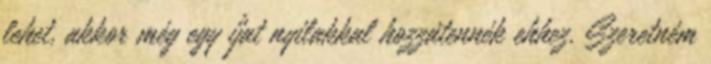
lehet, akkor még egy íjat nyilakkal hozzátennék ehhez. Szeretném